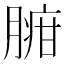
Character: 𦟉